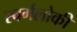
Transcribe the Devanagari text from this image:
स्वर्गलोकी